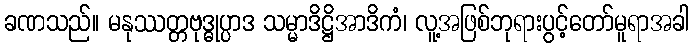
ခဏသည်။ မနုဿတ္တဗုဒ္ဓုပ္ပာဒ သမ္မာဒိဋ္ဌိအာဒိကံ၊ လူ့အဖြစ်ဘုရားပွင့်တော်မူရာအခါ